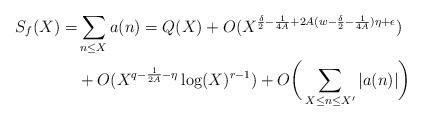
LaTeX: \begin{align*} S_f(X) =& \sum_{n\leq X} a(n) = Q(X) + O(X^{\frac{\delta}{2}-\frac{1}{4A}+2A(w-\frac{\delta}{2}-\frac{1}{4A})\eta + \epsilon}) \\ & + O(X^{q-\frac{1}{2A}-\eta}\log(X)^{r-1})+O\bigg( \sum_{X \leq n \leq X'} |a(n)| \bigg) \end{align*}